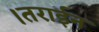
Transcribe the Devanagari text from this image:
।तराईन